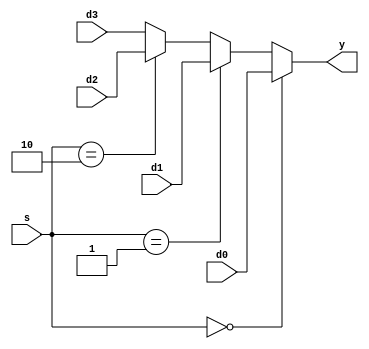
`timescale 1ns / 1ps
//////////////////////////////////////////////////////////////////////////////////
// Company: 
// Engineer: 
// 
// Design Name: 
// Module Name: mux4
// Project Name: 
// Target Devices: 
// Tool Versions: 
// Description: 
// 
// Dependencies: 
// 
// Revision:
// Revision 0.01 - File Created
// Additional Comments:
// 
//////////////////////////////////////////////////////////////////////////////////

module mux4 #(parameter WIDTH = 8)(
	input wire[WIDTH-1:0] d0,d1,d2,d3,
	input wire[1:0] s,
	output wire[WIDTH-1:0] y
    );

	assign y = (s == 2'b00) ? d0 :
				(s == 2'b01) ? d1:
				(s == 2'b10) ? d2: d3;
endmodule